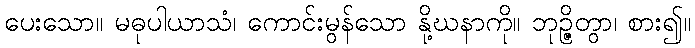
ပေးသော။ မဓုပါယာသံ၊ ကောင်းမွန်သော နို့ဃနာကို။ ဘုဉ္ဇိတွာ၊ စား၍။